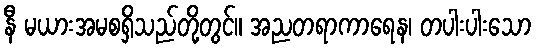
နီ မယားအမစရှိသည်တို့တွင်။ အညတရာကာရေန၊ တပါးပါးသော